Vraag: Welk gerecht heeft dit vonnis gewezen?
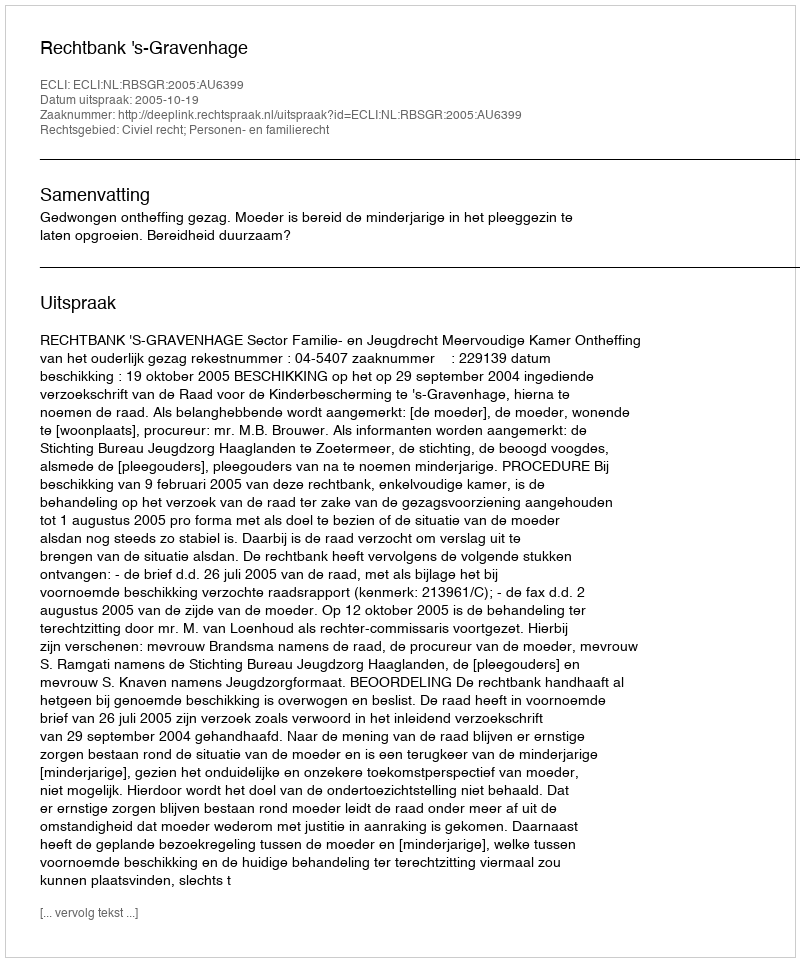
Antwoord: Rechtbank 's-Gravenhage